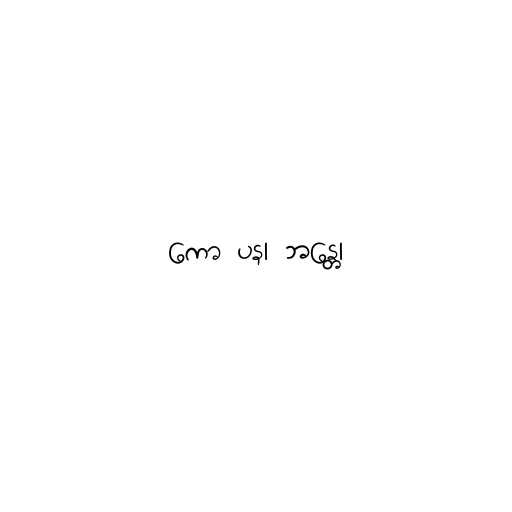
ကော ပန၊ ဘန္တေ၊